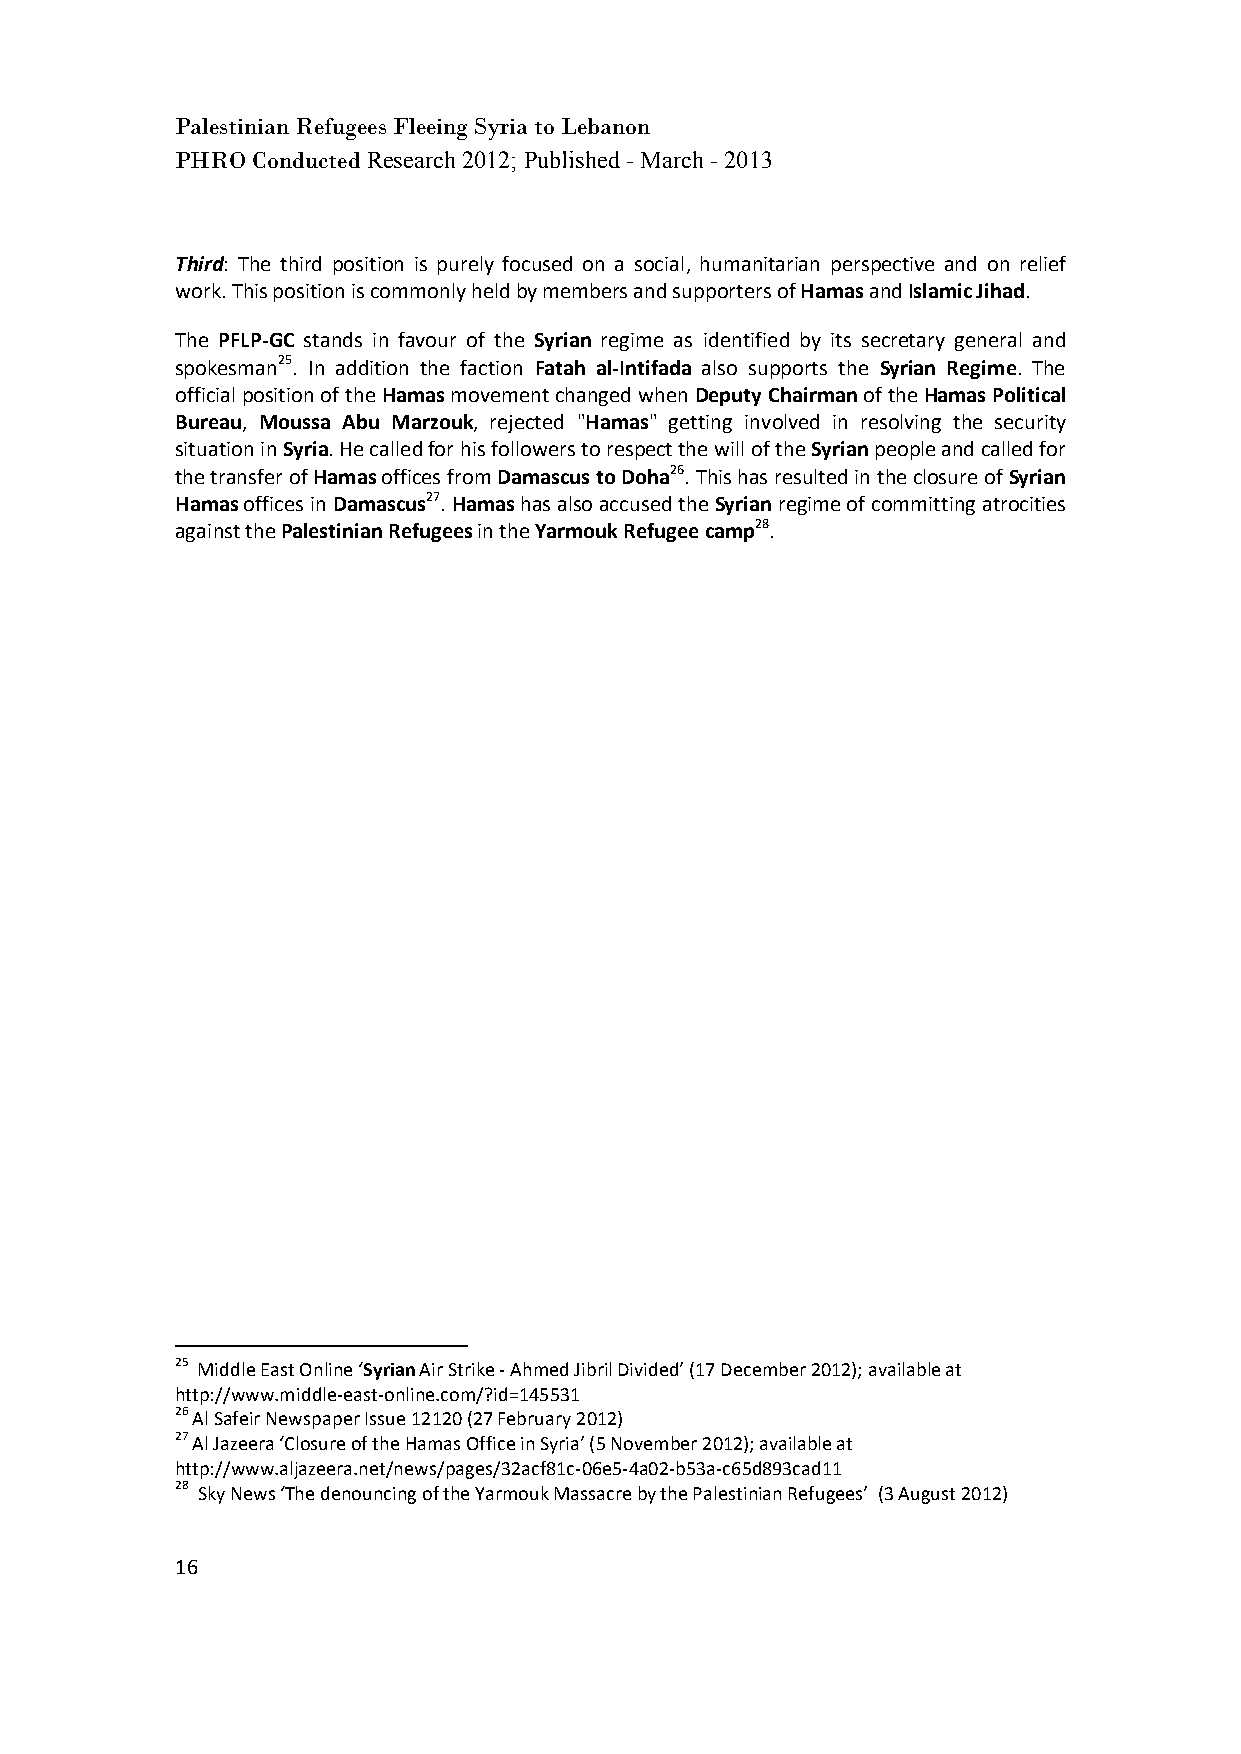
Palestinian Refugees Fleeing Syria to Lebanon
 PHRO Conducted Research 2012; Published - March - 2013
 Third: The third position is purely focused on a social, humanitarian perspective and on relief
 work. This position is commonly held by members and supporters of Hamas and Islamic Jihad.
 The PFLP-GC stands in favour of the Syrian regime as identified by its secretary general and
 spokesman25. In addition the faction Fatah al-Intifada also supports the Syrian Regime. The
 official position of the Hamas movement changed when Deputy Chairman of the Hamas Political
 Bureau, Moussa Abu Marzouk, rejected "Hamas" getting involved in resolving the security
 situation in Syria. He called for his followers to respect the will of the Syrian people and called for
 the transfer of Hamas offices from Damascus to Doha26. This has resulted in the closure of Syrian
 Hamas offices in Damascus27. Hamas has also accused the Syrian regime of committing atrocities
 against the Palestinian Refugees in the Yarmouk Refugee camp28.
 25 Middle East Online ‘Syrian Air Strike - Ahmed Jibril Divided’ (17 December 2012); available at
 http://www.middle-east-online.com/?id=145531
 26 Al Safeir Newspaper Issue 12120 (27 February 2012)
 27 Al Jazeera ‘Closure of the Hamas Office in Syria’ (5 November 2012); available at
 http://www.aljazeera.net/news/pages/32acf81c-06e5-4a02-b53a-c65d893cad11
 28 Sky News ‘The denouncing of the Yarmouk Massacre by the Palestinian Refugees’ (3 August 2012)
 16